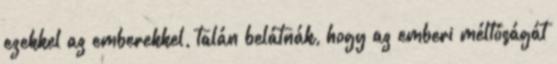
ezekkel az emberekkel, talán belátnák, hogy az emberi méltóságát